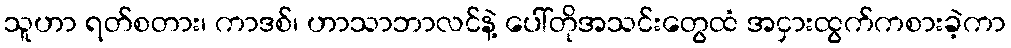
သူဟာ ရတ်စတား၊ ကာဒစ်၊ ဟာသာဘာလင်နဲ့ ပေါ်တိုအသင်းတွေထံ အငှားထွက်ကစားခဲ့ကာ